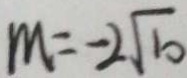
m = - 2 \sqrt { 1 0 }